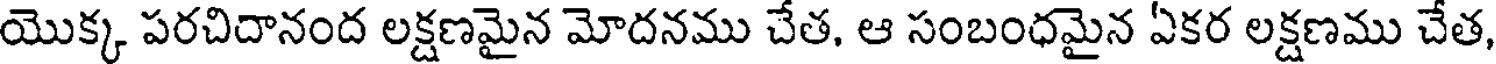
యొక్క పరచిదానంద లక్షణమైన మోదనము చేత, ఆ సంబంధమైన ఏకర లక్షణము చేత,